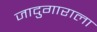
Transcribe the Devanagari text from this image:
जादुगाराला